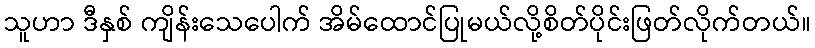
သူဟာ ဒီနှစ် ကျိန်းသေပေါက် အိမ်ထောင်ပြုမယ်လို့စိတ်ပိုင်းဖြတ်လိုက်တယ်။